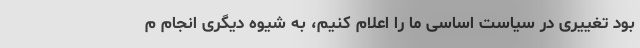
بود تغییری در سیاست اساسی ما را اعلام کنیم، به شیوه دیگری انجام م